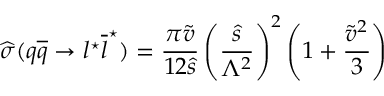
\widehat { \sigma } ( q \overline { { { q } } } \rightarrow l ^ { \star } \overline { { { l } } } ^ { \star } ) = \frac { \pi \widetilde { v } } { 1 2 \widehat { s } } \left( \frac { \widehat { s } } { \Lambda ^ { 2 } } \right) ^ { 2 } \left( 1 + \frac { \widetilde { v } ^ { 2 } } { 3 } \right)